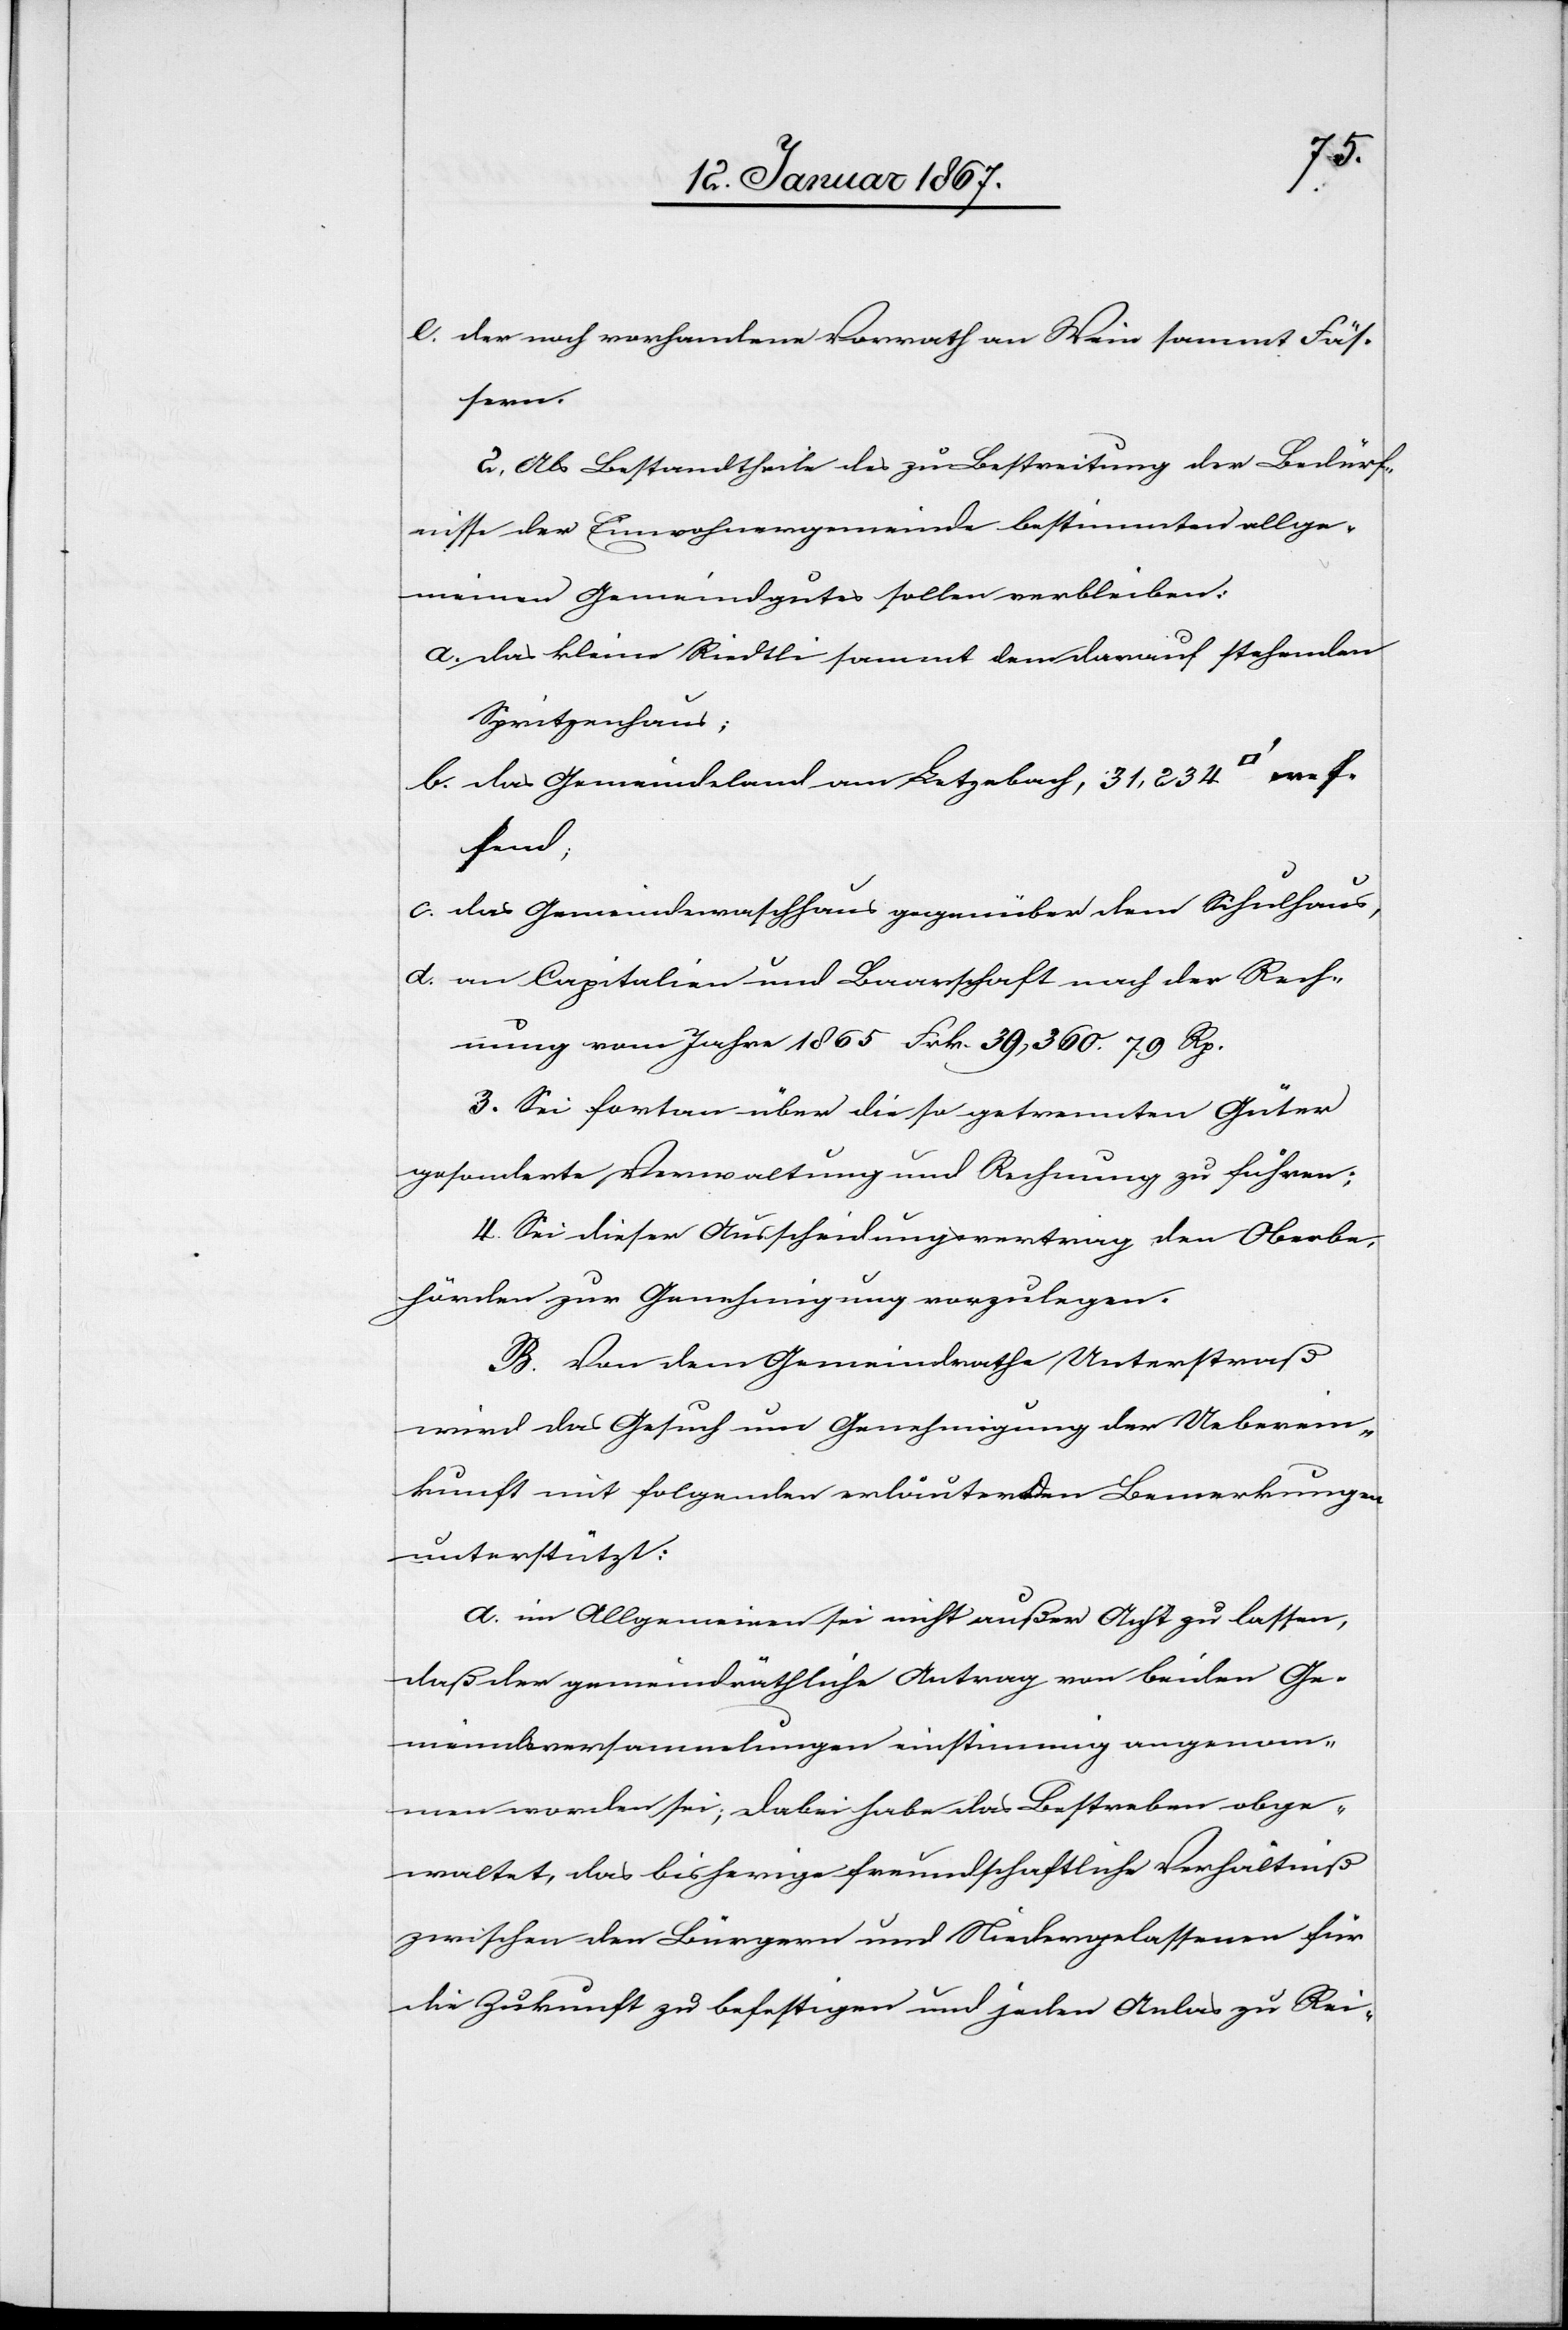
e. der noch vorhandene Vorrath an Wein sammt Fäß¬
ern.
2. Als Bestandtheile des zu Bestreitung der Bedürf¬
nisse der Einwohnergemeinde bestimmten allge¬
meinen Gemeindgutes sollen verbleiben:
a. das kleine Riedtli sammt dem darauf stehenden
Spritzenhaus;
b. das Gemeindeland um Letzebach, 31,234
meßend;
c. das Gemeindewaschhaus gegenüber dem Schulhaus,
d. an Capitalien und Baarschaft nach der Rech¬
nung vom Jahre 1865 Frk. 39,360. 79 Rp.
3. Sei fortan über die so getrennten Güter
gesonderte Verwaltung und Rechnung zu führen;
4. Sei dieser Ausscheidungsantrag den Oberbe¬
hörden zur Genehmigung vorzulegen.
B. Von dem Gemeindrathe Unterstraß
wird das Gesuch um Genehmigung der Ueberein¬
kunft mit folgenden erläuternden Bemerkungen
unterstützt:
a. im Allgemeinen sei nicht außer Acht zu lassen,
daß der gemeindräthliche Antrag von beiden Ge¬
meindsversammlungen einstimmig angenom¬
men worden sei; dabei habe das Bestreben obge¬
waltet, das bisherige freundschaftliche Verhältniß
zwischen den Bürgern und Niedergelassenen für
die Zukunft zu befestigen und jeden Anlas zu Rei-